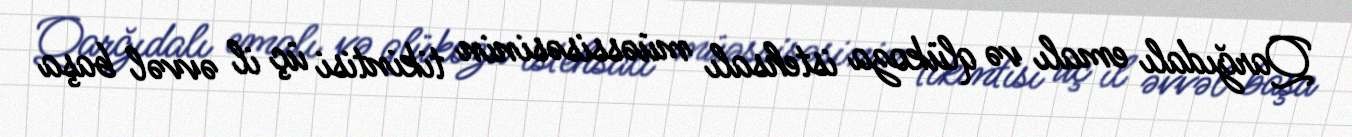
Qarğıdalı emalı və qlükoza istehsalı müəssisəsinin tikintisi üç il əvvəl başa